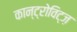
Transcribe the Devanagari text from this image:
कान्ट्रोविट्ज़